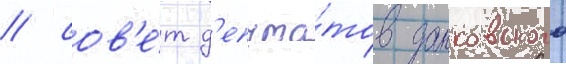
/ сов'е́т д'епута́тов данковского